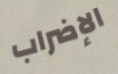
الإضراب